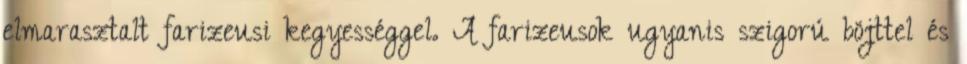
elmarasztalt farizeusi kegyességgel. A farizeusok ugyanis szigorú böjttel és